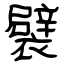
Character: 襞